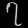
Digit: ၇